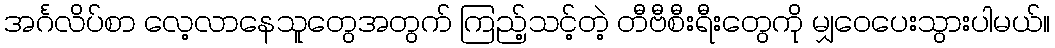
အင်္ဂလိပ်စာ လေ့လာနေသူတွေအတွက် ကြည့်သင့်တဲ့ တီဗီစီးရီးတွေကို မျှဝေပေးသွားပါမယ်။